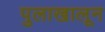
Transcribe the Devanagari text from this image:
पुलाखालून